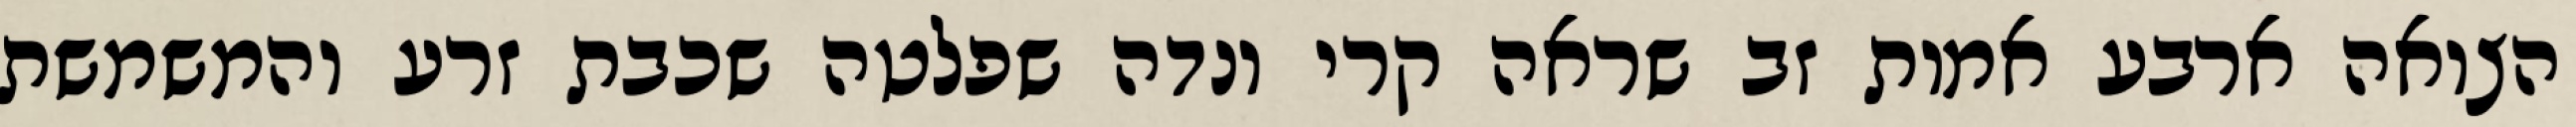
הצואה ארבע אמות זב שראה קרי ונדה שפלטה שכבת זרע והמשמשת